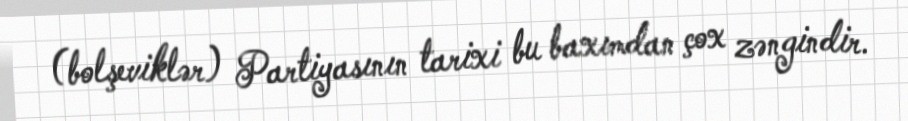
(bolşeviklər) Partiyasının tarixi bu baxımdan çox zəngindir.